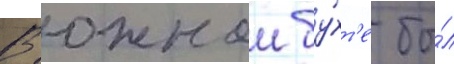
В южнои бу́хт'е бы́л